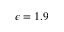
\epsilon = 1 . 9